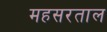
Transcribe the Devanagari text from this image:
महसरताल